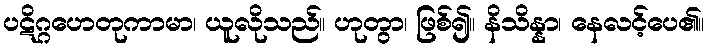
ပဋိဂ္ဂဟေတုကာမာ၊ ယူလိုသည်။ ဟုတွာ၊ ဖြစ်၍။ နိသိန္နာ၊ နေလင့်ပေ၏။